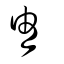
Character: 胄